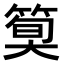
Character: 𫂎